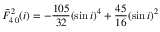
\bar { F } _ { 4 \, 0 } ^ { 2 } ( i ) = - \frac { 1 0 5 } { 3 2 } ( \sin i ) ^ { 4 } + \frac { 4 5 } { 1 6 } ( \sin i ) ^ { 2 }